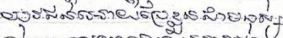
យុវជនដោយប្រែខ្លួនជាមនុស្ស